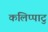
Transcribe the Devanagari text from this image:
कलिप्पाटु